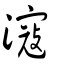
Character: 滱